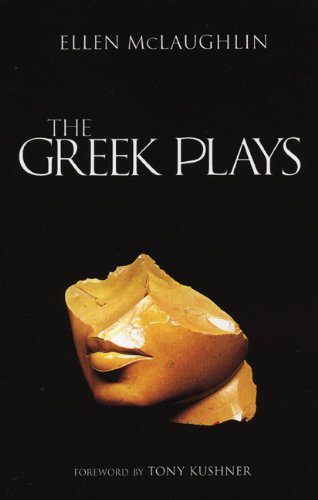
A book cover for The Greek Plays; Ellen McLaughlin; Literature & Fiction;